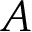
A